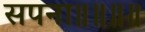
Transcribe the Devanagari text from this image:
सपना॥॥॥॥